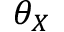
\theta _ { X }